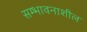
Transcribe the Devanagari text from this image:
सम्भावनाशील